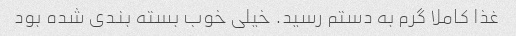
غذا کاملا گرم به دستم رسید. خیلی خوب بسته بندی شده بود